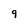
Character: 9